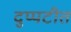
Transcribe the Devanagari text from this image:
दुप्पटीत